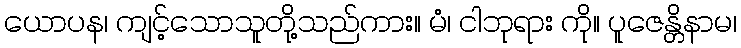
ယောပန၊ ကျင့်သောသူတို့သည်ကား။ မံ၊ ငါဘုရား ကို။ ပူဇေန္တိနာမ၊